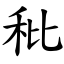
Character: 秕